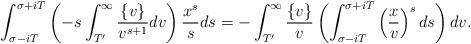
LaTeX: \begin{align*}\int_{\sigma-iT}^{\sigma+iT} \left(- s \int_{T'}^{\infty} \frac{\{v\}}{v^{s+1}} dv\right) \frac{x^s}{s} ds = -\int_{T'}^{\infty} \frac{\{v\}}{v} \left( \int_{\sigma-iT}^{\sigma+iT} \left(\frac{x}{v}\right)^s ds\right) dv.\end{align*}